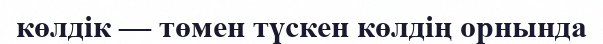
көлдік — төмен түскен көлдің орнында